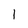
Character: 1